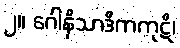
၂။ ဂေါနိသာဒိကကုဋိ၊